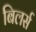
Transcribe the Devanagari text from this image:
बिलर्स